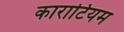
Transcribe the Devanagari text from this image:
काराटियम